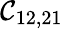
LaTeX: \mathcal{C}_{12,21}